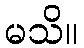
မသိ။